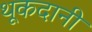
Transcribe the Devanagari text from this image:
थूकदानी